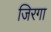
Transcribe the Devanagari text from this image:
जिरगा